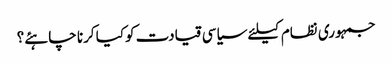
جمہوری نظام کیلئے سیاسی قیادت کوکیا کرنا چاہئے؟